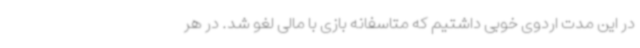
در این مدت اردوی خوبی داشتیم که متاسفانه بازی با مالی لغو شد. در هر